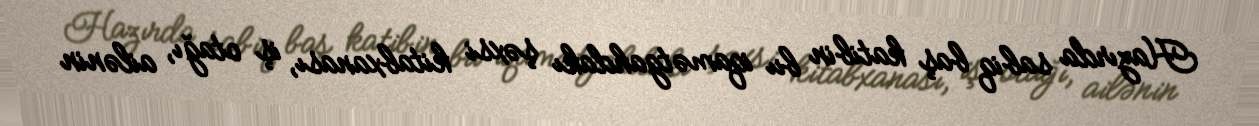
Hazırda sabiq baş katibin bu iqamətgahdakı şəxsi kitabxanası, iş otağı, ailənin